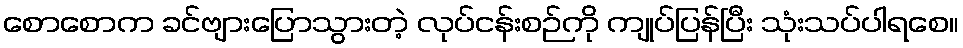
စောစောက ခင်ဗျားပြောသွားတဲ့ လုပ်ငန်းစဉ်ကို ကျုပ်ပြန်ပြီး သုံးသပ်ပါရစေ။